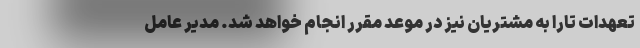
تعهدات تارا به مشتریان نیز در موعد مقرر انجام خواهد شد. مدیر عامل